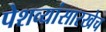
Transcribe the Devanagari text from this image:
पेशव्यांसारखेच